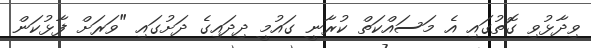
ވިދާޅުވި ގޮތުގައި އެ މަސައްކަތް ކުރާނީ ގައުމީ ދިދައިގެ ދަށުގައި "ވަރަށް ފާޅުކަން